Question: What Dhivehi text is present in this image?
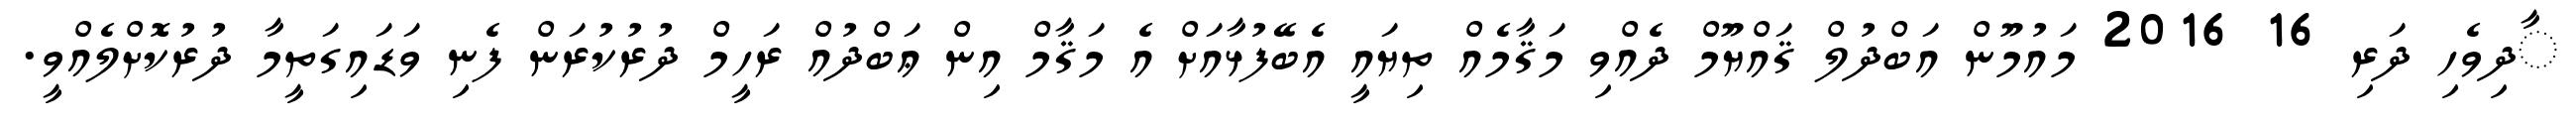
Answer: ާދިވެހި ދަރި 16 2016 މައުމޫން އަބްދުލް ޤައްޔޫމް ދެއްވި މަޤާމެއް ތިޔައީ އެބޭފުޅާއަށް އެ މަޤާމް އިން ޢަބްދުއް ރަހީމް ދުރުކުރަން ފެނި ވަޑައިގަތީމާ ދުރުކޮށްލެއްވީ.